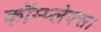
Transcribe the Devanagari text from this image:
कॉम्प्लेक्स।